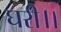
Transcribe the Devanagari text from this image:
घरी।।